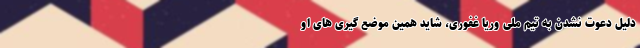
دلیل دعوت نشدن به تیم ملی وریا غفوری، شاید همین موضع گیری های او